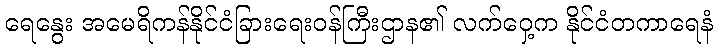
ရေနွေး အမေရိကန်နိုင်ငံခြားရေးဝန်ကြီးဌာန၏ လက်ဝှေ့က နိုင်ငံတကာရေနံ